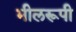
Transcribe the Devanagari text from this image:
भीलरूपी